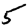
Digit: 5